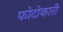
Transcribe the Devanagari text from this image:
फोटोकारी